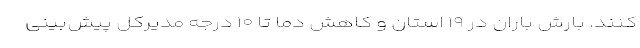
کنند. بارش باران در ۱۹ استان و کاهش دما تا ۱۰ درجه‌ مدیرکل پیش‌بینی